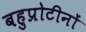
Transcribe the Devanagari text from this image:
बहुप्रोटीनों